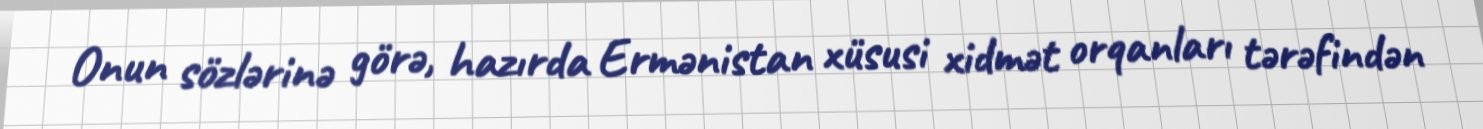
Onun sözlərinə görə, hazırda Ermənistan xüsusi xidmət orqanları tərəfindən